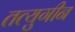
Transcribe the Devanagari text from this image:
तत्युगीन